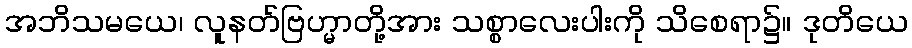
အဘိသမယေ၊ လူနတ်ဗြဟ္မာတို့အား သစ္စာလေးပါးကို သိစေရာ၌။ ဒုတိယေ